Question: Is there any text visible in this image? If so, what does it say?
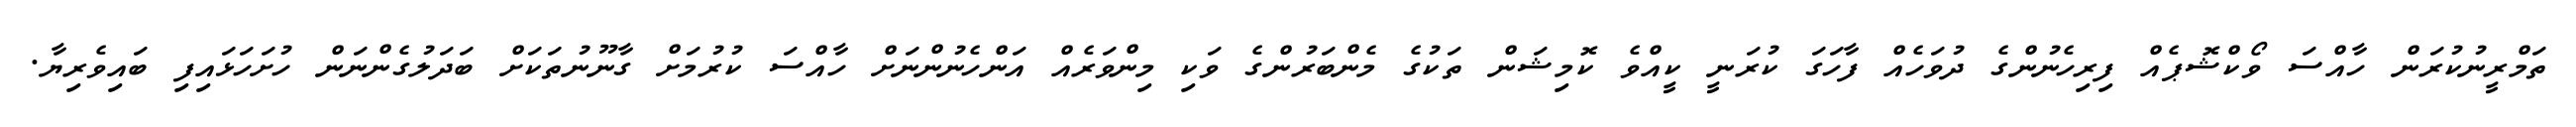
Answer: ތަމްރީނުކުރަން ހާއްސަ ވޯކްޝޮޕެއް ފިރިހެނުންގެ ދުވަހެއް ފާހަގަ ކުރަނީ ކީއްވެ ކޮމިޝަން ތަކުގެ މެންބަރުންގެ ވަކި މިންވަރެއް އަންހެނުންނަށް ހާއްސަ ކުރުމަށް ގާނޫނުތަކަށް ބަދަލުގެންނަން ހުށަހަޅައިފި ބައިވެރިޔާ.